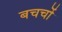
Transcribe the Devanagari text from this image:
बचचों